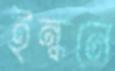
ইন্ধনে